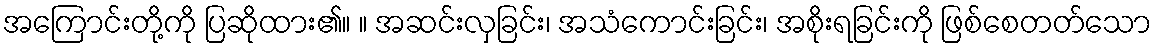
အကြောင်းတို့ကို ပြဆိုထား၏။ ။ အဆင်းလှခြင်း၊ အသံကောင်းခြင်း၊ အစိုးရခြင်းကို ဖြစ်စေတတ်သော